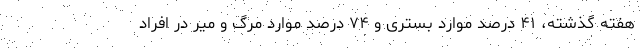
هفته گذشته، ۴۱ درصد موارد بستری و ۷۴ درصد موارد مرگ و میر در افراد